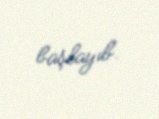
başlayıb.